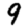
Digit: 9